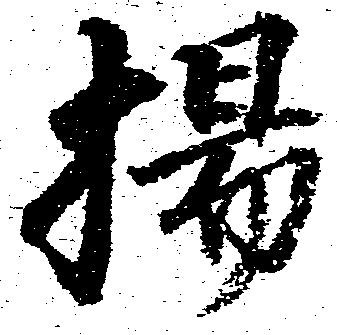
揚